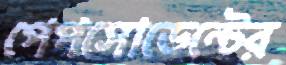
পেপসোডেন্টের